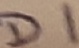
Text: D1